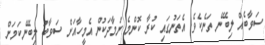
ސަވާބެއް ލިބޭނެ ތަނެކެވެ. އެތަނުގައި ކުރާ ކޮންމެ ނަމާދަކުން އެމީހާއަށް ސަވާބު ލިބޭނެކަމަށް